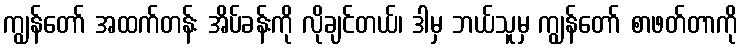
ကျွန်တော် အထက်တန်း အိပ်ခန်းကို လိုချင်တယ်၊ ဒါမှ ဘယ်သူမှ ကျွန်တော် စာဖတ်တာကို